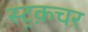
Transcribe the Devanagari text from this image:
स्ट्रक़चर